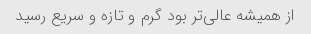
از همیشه عالی‌تر بود گرم و تازه و سریع رسید